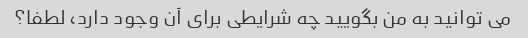
می توانید به من بگویید چه شرایطی برای آن وجود دارد، لطفا؟